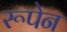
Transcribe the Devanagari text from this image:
रूपेन